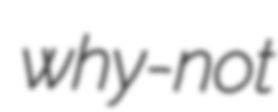
why-not